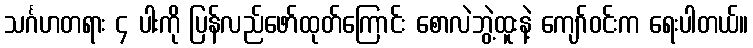
သင်္ဂဟတရား ၄ ပါးကို ပြန်လည်ဖော်ထုတ်ကြောင်း စောလဲဘွဲ့ထူးနဲ့ ကျော်ဝင်းက ရေးပါတယ်။